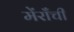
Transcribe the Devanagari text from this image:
मेंराँची